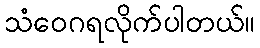
သံဝေဂရလိုက်ပါတယ်။